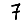
Digit: 7